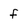
Character: f